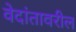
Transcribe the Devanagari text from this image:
वेदांतावरील